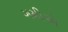
ગમીએ